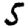
Digit: 5